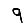
Digit: 9